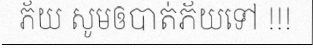
ភ័យ សូមឲបាត់ភ័យទៅ !!!